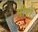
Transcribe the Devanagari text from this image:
गीरों